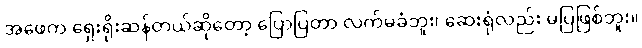
အဖေက ရှေးရိုးဆန်တယ်ဆိုတော့ ပြောပြတာ လက်မခံဘူး၊ ဆေးရုံလည်း မပြဖြစ်ဘူး။